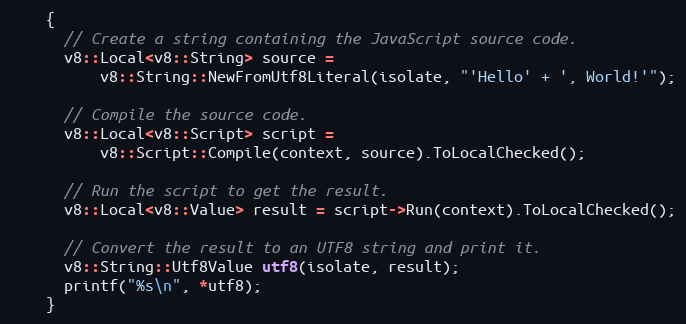
Language: C++
    {
      // Create a string containing the JavaScript source code.
      v8::Local<v8::String> source =
          v8::String::NewFromUtf8Literal(isolate, "'Hello' + ', World!'");

      // Compile the source code.
      v8::Local<v8::Script> script =
          v8::Script::Compile(context, source).ToLocalChecked();

      // Run the script to get the result.
      v8::Local<v8::Value> result = script->Run(context).ToLocalChecked();

      // Convert the result to an UTF8 string and print it.
      v8::String::Utf8Value utf8(isolate, result);
      printf("%s\n", *utf8);
    }